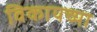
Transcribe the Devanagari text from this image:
विकायच्या